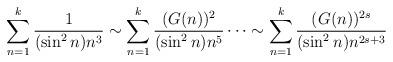
LaTeX: \begin{align*}\sum \limits_{n=1}^{k}\frac{1}{(\sin^2n) n^3} \sim \sum \limits_{n=1}^{k}\frac{(G(n))^2}{(\sin^2n) n^5}\cdots \sim \sum \limits_{n=1}^{k}\frac{(G(n))^{2s}}{(\sin^2n) n^{2s+3}}\end{align*}